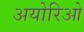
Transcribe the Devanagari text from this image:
अयोरिओ